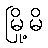
မြို့မိ